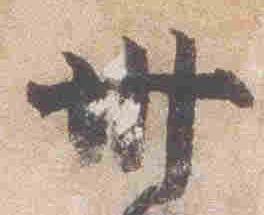
卅